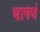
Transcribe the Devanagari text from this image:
वागणं